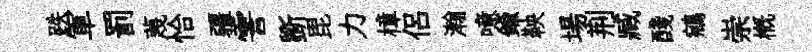
跌軍罰蔑恰疆霅斵毘力樟侣瀚噫鍮鞅場荆臧醆鵷崇槪